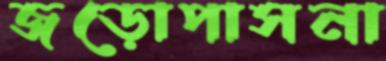
জড়োপাসনা